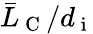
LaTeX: \bar{L}_{\mathrm{~C~}}/d_{\mathrm{~i~}}